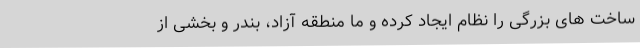
ساخت های بزرگی را نظام ایجاد کرده و ما منطقه آزاد، بندر و بخشی از